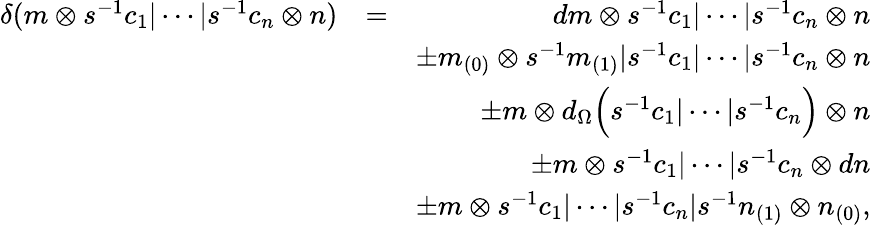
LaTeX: \begin{array}{rlr}{\delta(m\otimes s^{-1}c_{1}\vert\cdots\vert s^{-1}c_{n}\otimes n)}&{=}&{dm\otimes s^{-1}c_{1}\vert\cdots\vert s^{-1}c_{n}\otimes n}\\ &{}&{\pm m_{(0)}\otimes s^{-1}m_{(1)}\vert s^{-1}c_{1}\vert\cdots\vert s^{-1}c_{n}\otimes n}\\ &{}&{\pm m\otimes d_{\Omega}\Big(s^{-1}c_{1}\vert\cdots\vert s^{-1}c_{n}\Big)\otimes n}\\ &{}&{\pm m\otimes s^{-1}c_{1}\vert\cdots\vert s^{-1}c_{n}\otimes dn}\\ &{}&{\pm m\otimes s^{-1}c_{1}\vert\cdots\vert s^{-1}c_{n}\vert s^{-1}n_{(1)}\otimes n_{(0)},}\end{array}